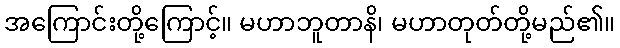
အကြောင်းတို့ကြောင့်။ မဟာဘူတာနိ၊ မဟာတုတ်တို့မည်၏။